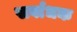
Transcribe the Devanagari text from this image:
सर्वाधक